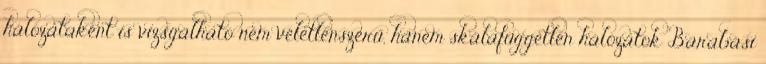
hálózataként is vizsgálható nem véletlenszerű, hanem skálafüggetlen hálózatok Barabási